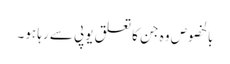
بالخصوص وہ جن کا تعلق یوپی سے رہا ہو۔